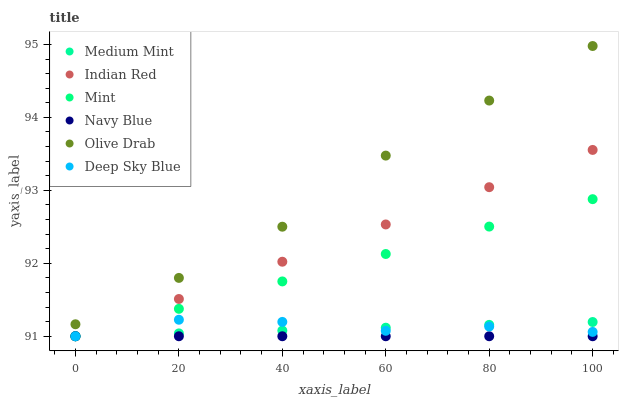
| xaxis_label | Medium Mint | Indian Red | Mint | Navy Blue | Olive Drab | Deep Sky Blue |
 | --- | --- | --- | --- | --- | --- | --- |
 | 0 | 91 | 91 | 91 | 91 | 91.2 | 91 |
 | 20 | 91 | 91.5 | 91.4 | 91 | 91.8 | 91.2 |
 | 40 | 91.1 | 92 | 91.8 | 91 | 92.5 | 91.2 |
 | 60 | 91.1 | 92.5 | 92.1 | 91 | 93.5 | 91.1 |
 | 80 | 91.2 | 93 | 92.5 | 91 | 94.2 | 91.1 |
 | 100 | 91.2 | 93.6 | 92.9 | 91 | 95 | 91.1 |